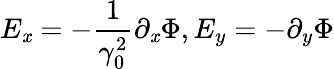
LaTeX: E_{\mathit{x}}=-\frac{{1}}{{\gamma_{0}^{2}}}\partial_{\mathit{x}}\Phi,E_{y}=-\partial_{y}\Phi